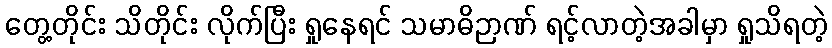
တွေ့တိုင်း သိတိုင်း လိုက်ပြီး ရှုနေရင် သမာဓိဉာဏ် ရင့်လာတဲ့အခါမှာ ရှုသိရတဲ့